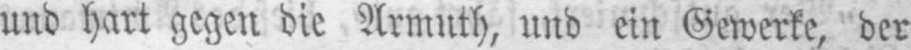
und hart gegen die Armuth, und ein Gewerke, der